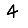
Digit: 4